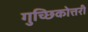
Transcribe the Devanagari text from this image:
गुच्छिकोत्तरी